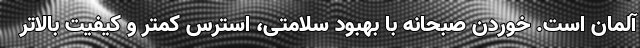
آلمان است. خوردن صبحانه با بهبود سلامتی، استرس کمتر و کیفیت بالاتر